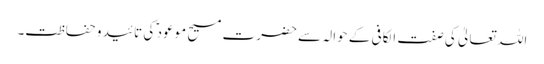
اللہ تعالیٰ کی صفت الکافی کے حوالہ سے حضرت مسیح موعود ؑ کی تائید و حفاظت۔